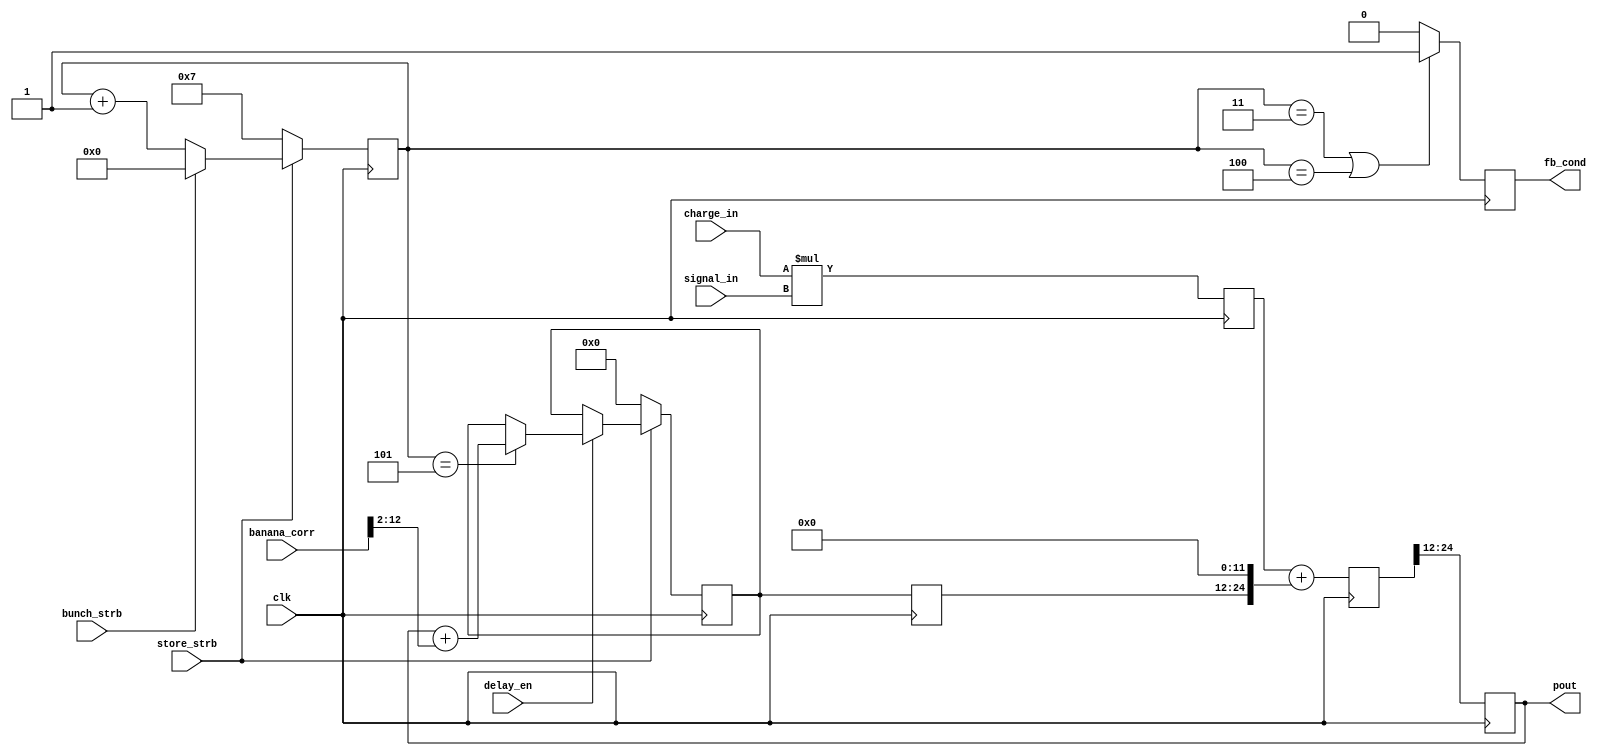
module DSPCalcModule(
			input signed [20:0] charge_in,
			input signed [14:0] signal_in,
			input delay_en,
			input clk,
			input store_strb,
			output reg signed [12:0] pout,
			input bunch_strb,
			input signed [12:0] banana_corr,
			output reg fb_cond
//			input fb_en
		
    );

(* equivalent_register_removal = "no"*) reg [7:0] j;

reg signed [36:0]  DSPtemp;
reg signed [12:0] DSPtemp2;
reg signed [12:0] delayed =0; 
//initial DSPout=0;
reg signed [36:0] DSPout;



always @ (posedge clk) begin
DSPtemp <= charge_in*signal_in;
//DSPtemp2=DSPtemp[24:12];   // Doesnt help timing!!!
DSPout <= DSPtemp+{delayed, 12'b0}; // Remove 4096 factor added for LUT // delayed 25 bits, 
pout<=DSPout[24:12];
end

//reg signed [10:0] banana_fract;
// ***** Clk Counter after strobe *****
// No. of samples after bunch strb
always @ (posedge clk) begin
if (~store_strb) begin
j<=7;       
 end
else if (bunch_strb) begin j<=0;
//banana_fract<=banana_corr[12:2];    /// Bring in as 13 bit and pad with zeros to 25 bits
end
else if (~bunch_strb) begin
j<=j+1;
end
//else j<=10;
end

//reg [47:0] banana_corr_48=0;


// If more than two bunches multiplex to add banana correction
//k1_b2_offset

reg [12:0] delayed_a;
always @ (posedge clk) begin
delayed<=delayed_a;
if (~store_strb) begin
delayed_a<=0;
end
else if (delay_en==1) begin
if (j==5) delayed_a<=pout+banana_corr[12:2];
end
end

//reg fb_cond2;

always @ (posedge clk) begin
if (j==3||j==4) fb_cond<=1;
else fb_cond<=0;
end

endmodule